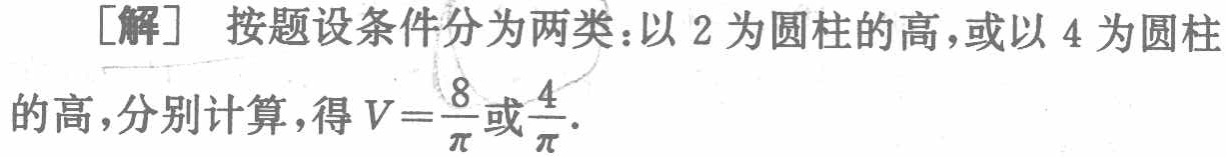
[解] 按题设条件分为两类：以 2 为圆柱的高，或以 4 为圆柱的高，分别计算，得 \(V = \frac{8}{\pi}\) 或 \(\frac{4}{\pi}\).